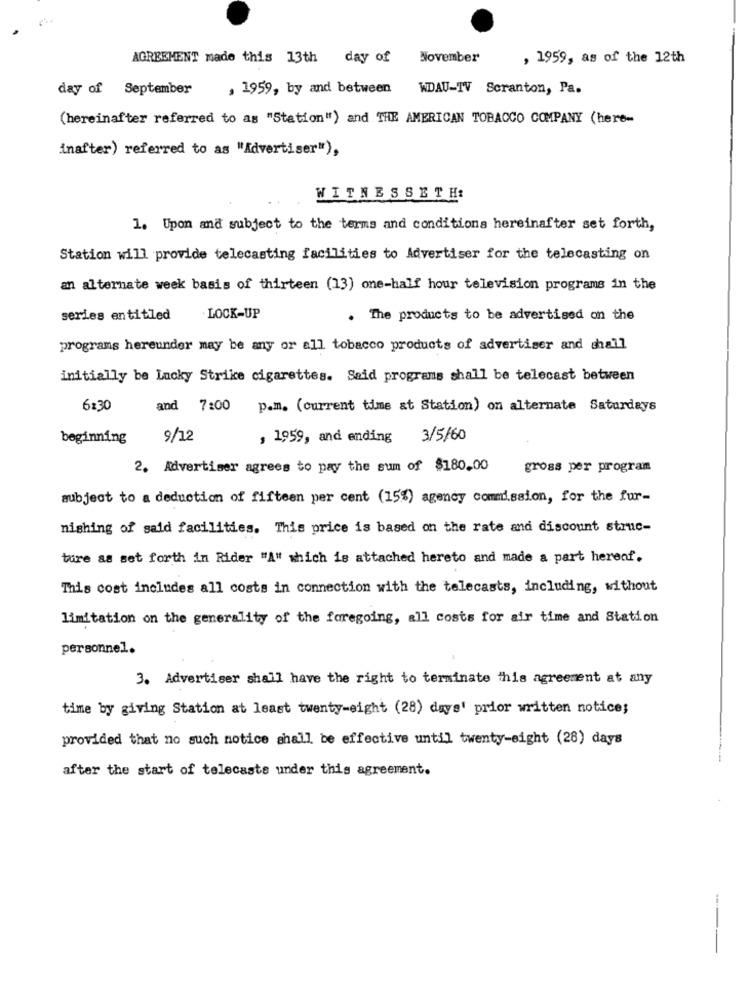
AGREEMENT made this 13th day of November
, 1959, as of the 12th
day of September
, 1959, by and between
WDAU-TV Scranton, Pa.
(hereinafter referred to as "Station") and THE AMERICAN TOBACCO COMPANY (here-
inafter) referred to as "Advertiser"),
WITNESSETH:
1. Upon and subject to the terms and conditions hereinafter set forth,
Station will provide telecasting facilities to Advertiser for the telecasting on
an alternate week basis of thirteen (13) one-half hour television programs in the
series entitled
. LOCK-UP
. The products to be advertised on the
programs hereunder may be any or all tobacco products of advertiser and shall
initially be Lucky Strike cigarettes. Said programs shall be telecast between
6:30
and 7:00
p.m. (current time at Station) on alternate Saturdays
beginning
9/12
, 1959, and ending 3/5/60
2. Advertiser agrees to pay the sum of $180.00
gross per program
subject to a deduction of fifteen per cent (15%) agency commission, for the fur-
nishing of said facilities. This price is based on the rate and discount struc-
ture as set forth in Rider "A" which is attached hereto and made a part herenf.
This cost includes all costs in connection with the telecasts, including, without
limitation on the generality of the foregoing, all costs for air time and Station
personnel.
3. Advertiser shall have the right to terminate this agreement at any
time by giving Station at least twenty-eight (28) days' prior written notice;
provided that no such notice shall be effective until twenty-eight (28) days
after the start of telecasts under this agreement.
--